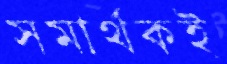
সমার্থকই